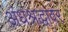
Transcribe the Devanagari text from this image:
अंधश्रद्धांवर